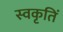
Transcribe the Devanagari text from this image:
स्वकृतिं